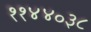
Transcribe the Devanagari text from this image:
११४४०३८